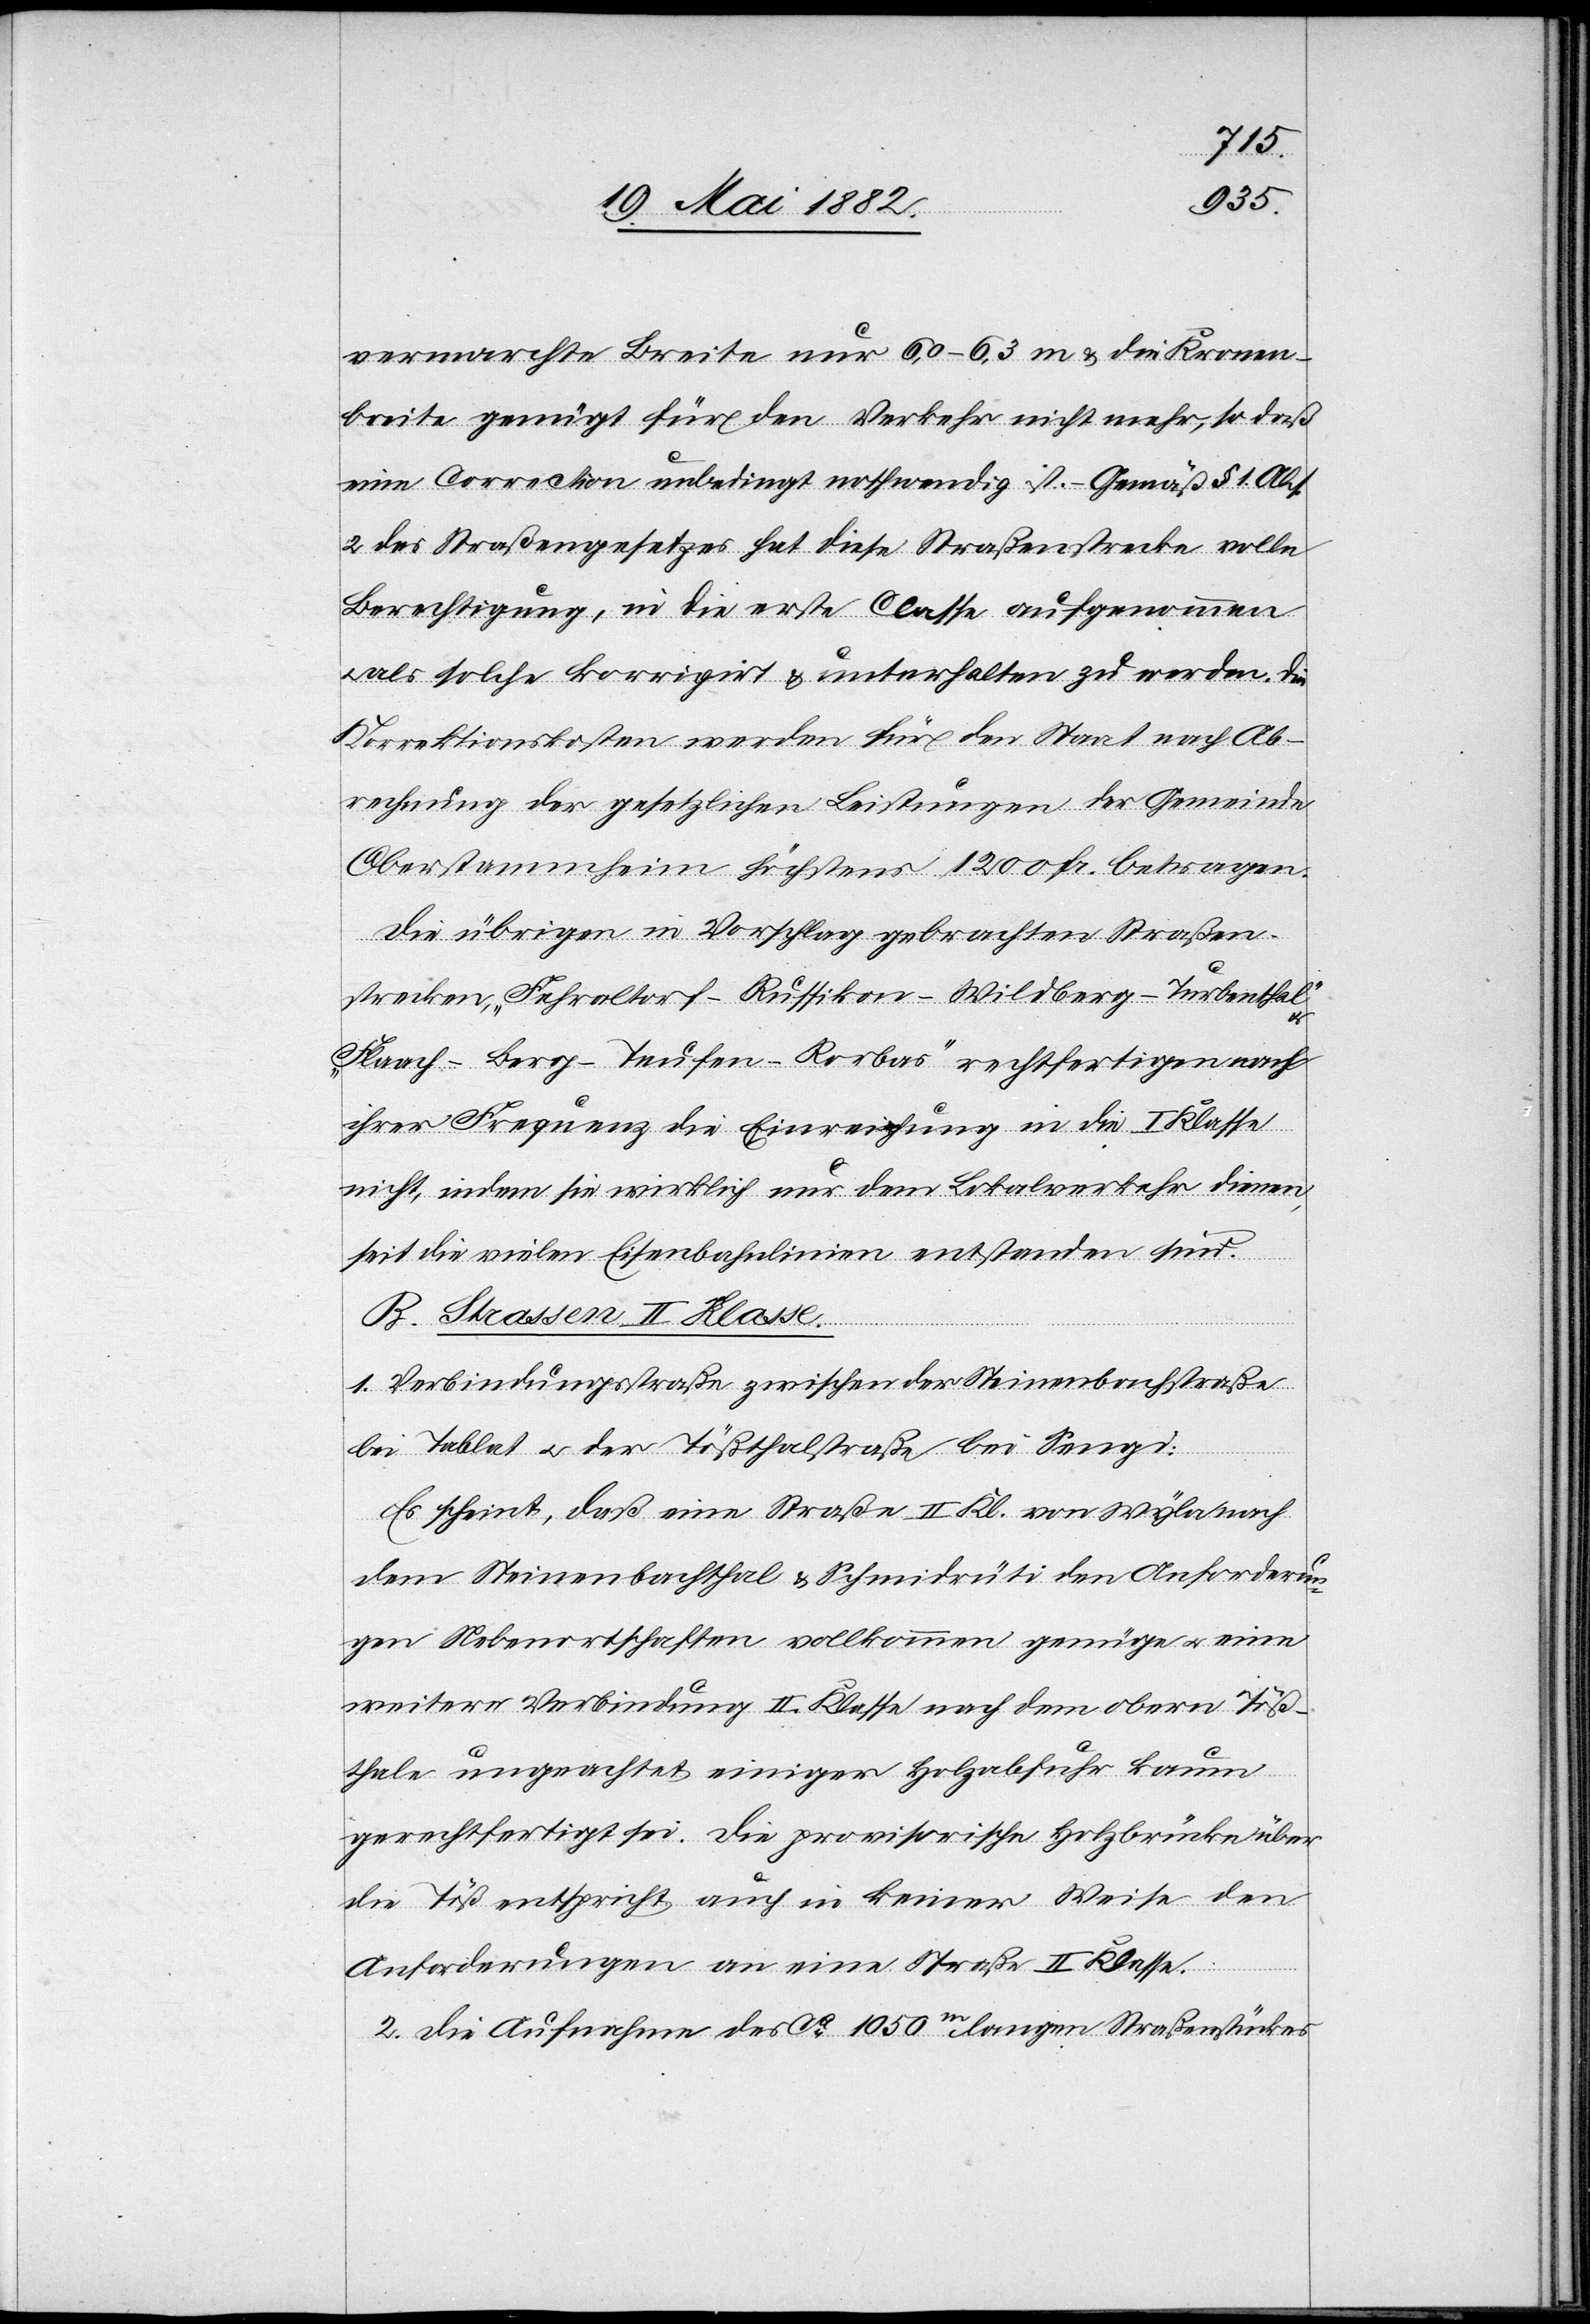
1.
vermarchte Breite nur 6,0–6,3 m & die Kronen¬
breite genügt für den Verkehr nicht mehr, so daß
eine Correction unbedingt nothwendig ist. – Gemäß § 1 Abs.
2 des Straßengesetzes hat diese Straßenstrecke volle
Berechtigung, in die erste Classe aufgenommen
als solche korrigirt & unterhalten zu werden. Die
Korrektionskosten werden für den Staat nach Ab¬
rechnung der gesetzlichen Leistungen der Gemeinde
Oberstammheim höchstens 1200 Fr. betragen.
Die übrigen in Vorschlag gebrachten Straßen¬
strecken, „Fehraltorf–Russikon–Wildberg–Turbenthal“
„Flaach–Berg–Teufen–Rorbas“ rechtfertigen nach
ihrer Frequenz die Einreichung in die I. Klasse
nicht, indem sie wirklich nur dem Lokalverkehr dienen,
seit die vielen Eisenbahnlinien entstanden sind.
B. Strassen II. Klasse.
e Verbindungsstraße zwischen der Steinenbachstraße
bei Tablat u. der Tößthalstraße bei Sengi:
Es scheint, daß eine Straße II. Kl. von Wyla nach
dem Steinenbachthal & Schmidrüti den Anforderun¬
gen Nebenortschaften [sic!] vollkommen genüge u. eine
weitere Verbindung II. Klasse nach dem obern Töß¬
thale ungeachtet einiger Holzabfuhr kaum
gerechtfertigt sei. Die provisorische Holzbrücke über
die Töß entspricht auch in keiner Weise den
Di¬
Anforderungen an eine Straße II. Klasse.
2. Die Aufnahme des ca 1050m langen Straßenstückes